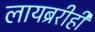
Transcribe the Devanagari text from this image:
लायब्ररीही